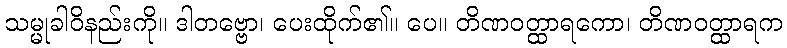
သမ္မုခါဝိနည်းကို။ ဒါတဗ္ဗော၊ ပေးထိုက်၏။ ပေ။ တိဏဝတ္ထာရကော၊ တိဏဝတ္ထာရက